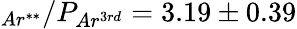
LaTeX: _{Ar^{**}}/P_{Ar^{3rd}}=3.19\pm 0.39